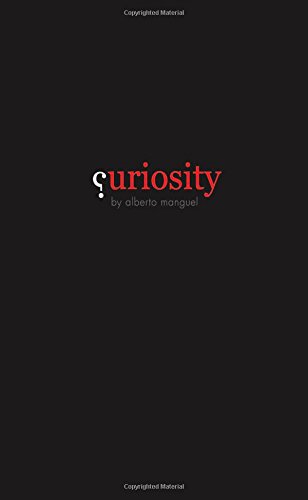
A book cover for Curiosity; Alberto Manguel; Literature & Fiction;